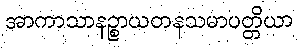
အာကာသာနဉ္စာယတနသမာပတ္တိယာ